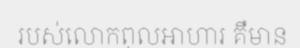
របស់លោកពុលអាហារ គឺមាន